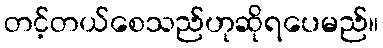
တင့်တယ်စေသည်ဟုဆိုရပေမည်။